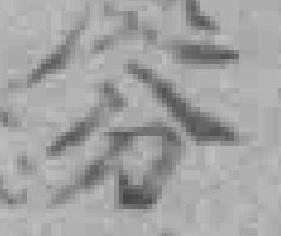
分